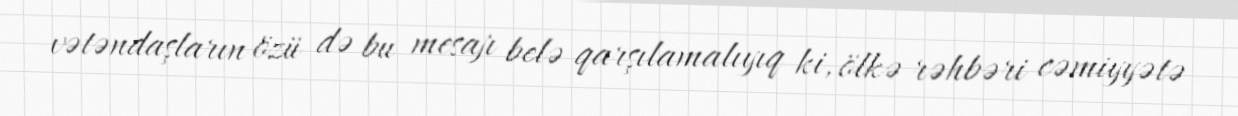
vətəndaşların özü də bu mesajı belə qarşılamalıyıq ki, ölkə rəhbəri cəmiyyətə